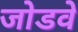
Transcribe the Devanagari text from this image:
जोडवे